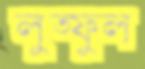
লুত্ফুল